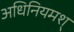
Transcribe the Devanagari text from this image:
अधिनियमश्